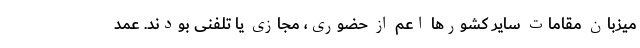
میزبان مقامات سایر کشورها اعم از حضوری، مجازی یا تلفنی بودند. عمد